Notes on vaccination in the North-West Frontier Province 1923-1928 - 1923-1928
Year: 1923
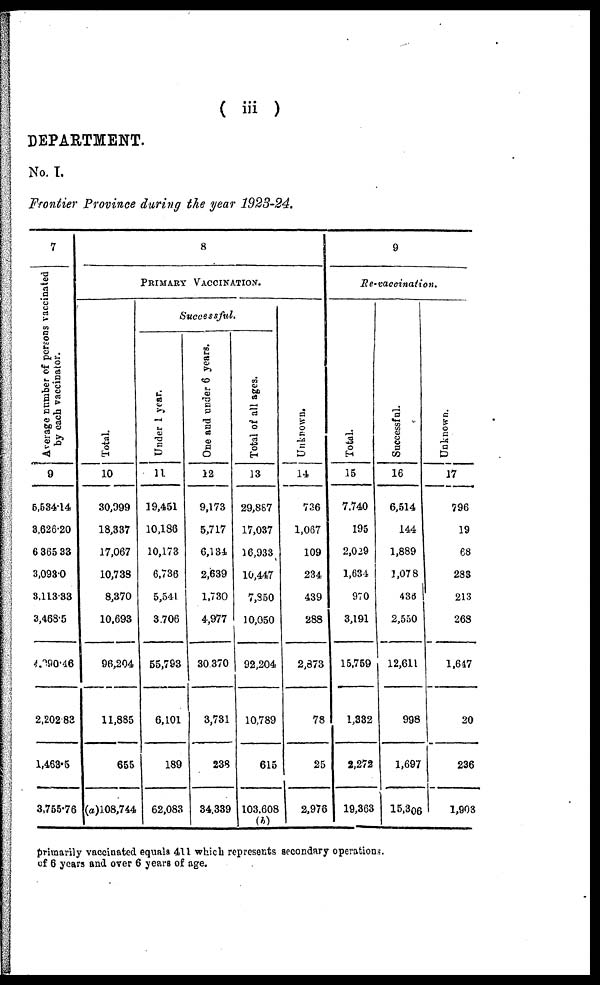
( iii )
DEPARTMENT.
No. I.
Frontier Province during the year 1923-24.
7
Average number of persons vaccinated
by each vaccinator.
9
5,534.14
8,626.20
6,365.33
3,093.0
3,113.33
3,468.5
4590.46
2,202.83
1,463.5
3,765.76
8
PRIMARY VACCINATION.
Total.
10
30,999
18,337
17,067
10,738
8,370
10,693
96,204
11,885
655
(a)108,744
Successful.
Under 1 year.
11
19,451
10,186
10,173
6,736
5,541
3,706
55,793
6,101
189
62,083
One and under 6 years.
12
9,173
5,717
6,134
2,639
1,730
4,977
30,370
3,731
238
34,339
Total of all ages.
13
29,887
17,037
16,933
10,447
7,850
10,050
92,204
10,789
615
103,608
(b)
Unknown.
14
736
1,067
109
234
439
288
2,873
78
25
2,976
9
Re-vaccination.
Total.
15
7,740
195
2,029
1,634
970
3,191
15,759
1,332
2,272
19,363
Successful.
16
6,514
144
1,889
1,078
436
2,550
12,611
998
1,697
15,306
Unknown.
17
796
19
68
283
213
268
1,647
20
236
1,903
primarily vaccinated equals 411 which represents secondary operations.
of 6 years and over 6 years of age.